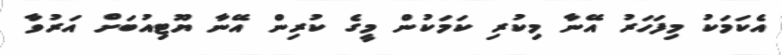
އެކަމަކު މިފަހަރު އޭނާ މިކުރި ކަމަކުން މީގެ ކުރިން އޭނާ ޔޫޓިއުބަށް އަރުވާ